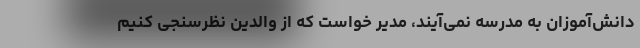
دانش‌آموزان به مدرسه نمی‌آیند، مدیر خواست که از والدین نظر‌سنجی کنیم